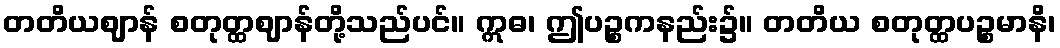
တတိယဈာန် စတုတ္ထဈာန်တို့သည်ပင်။ ဣဓ၊ ဤပဉ္စကနည်း၌။ တတိယ စတုတ္ထပဉ္စမာနိ၊